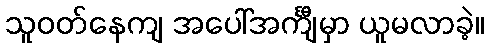
သူဝတ်နေကျ အပေါ်အင်္ကျီမှာ ယူမလာခဲ့။